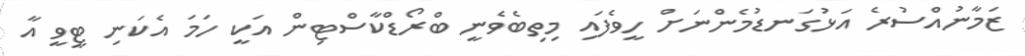
ޒަމާނުއްސުރެ އަޅުގަނޑުމެންނަށް ހީވެފައި މިތިބެވެނީ ބްރޯޑްކާސްޓިން އަކީ ހަމަ އެކަނި ޓީވީ އާ